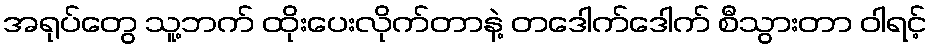
အရုပ်တွေ သူ့ဘက် ထိုးပေးလိုက်တာနဲ့ တဒေါက်ဒေါက် စီသွားတာ ဝါရင့်